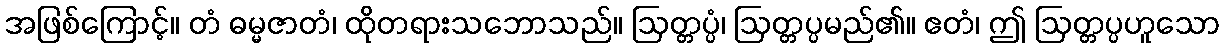
အဖြစ်ကြောင့်။ တံ ဓမ္မဇာတံ၊ ထိုတရားသဘောသည်။ ဩတ္တပ္ပံ၊ ဩတ္တပ္ပမည်၏။ ဧတံ၊ ဤ ဩတ္တပ္ပဟူသော